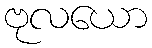
ဗုလယော